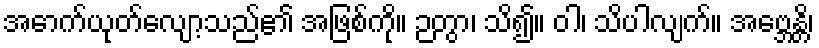
အောက်ယုတ်လျော့သည်၏ အဖြစ်ကို။ ဉတွာ၊ သိ၍။ ဝါ၊ သိပါလျက်။ အဗ္ဘေန္တိ၊